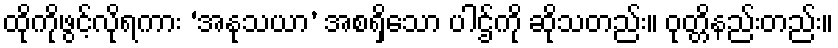
ထိုကိုဖွင့်လိုရကား ‘အနုသယာ’ အစရှိသော ပါဌ်ကို ဆိုသတည်း။ ဝုတ္တိနည်းတည်း။